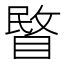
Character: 睯